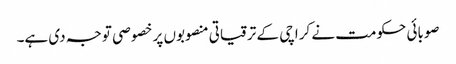
صوبائی حکومت نے کراچی کے ترقیاتی منصوبوں پر خصو صی توجہ دی ہے۔